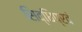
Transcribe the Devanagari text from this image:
सिद्धिप्रदं